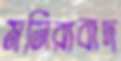
মনিরাবাদ